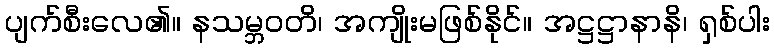
ပျက်စီးလေ၏။ နသမ္ဘဝတိ၊ အကျိုးမဖြစ်နိုင်။ အဋ္ဌဋ္ဌာနာနိ၊ ရှစ်ပါး